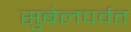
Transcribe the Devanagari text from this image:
सुबेलपर्वत